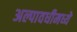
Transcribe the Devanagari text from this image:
अल्पावधीमध्ये